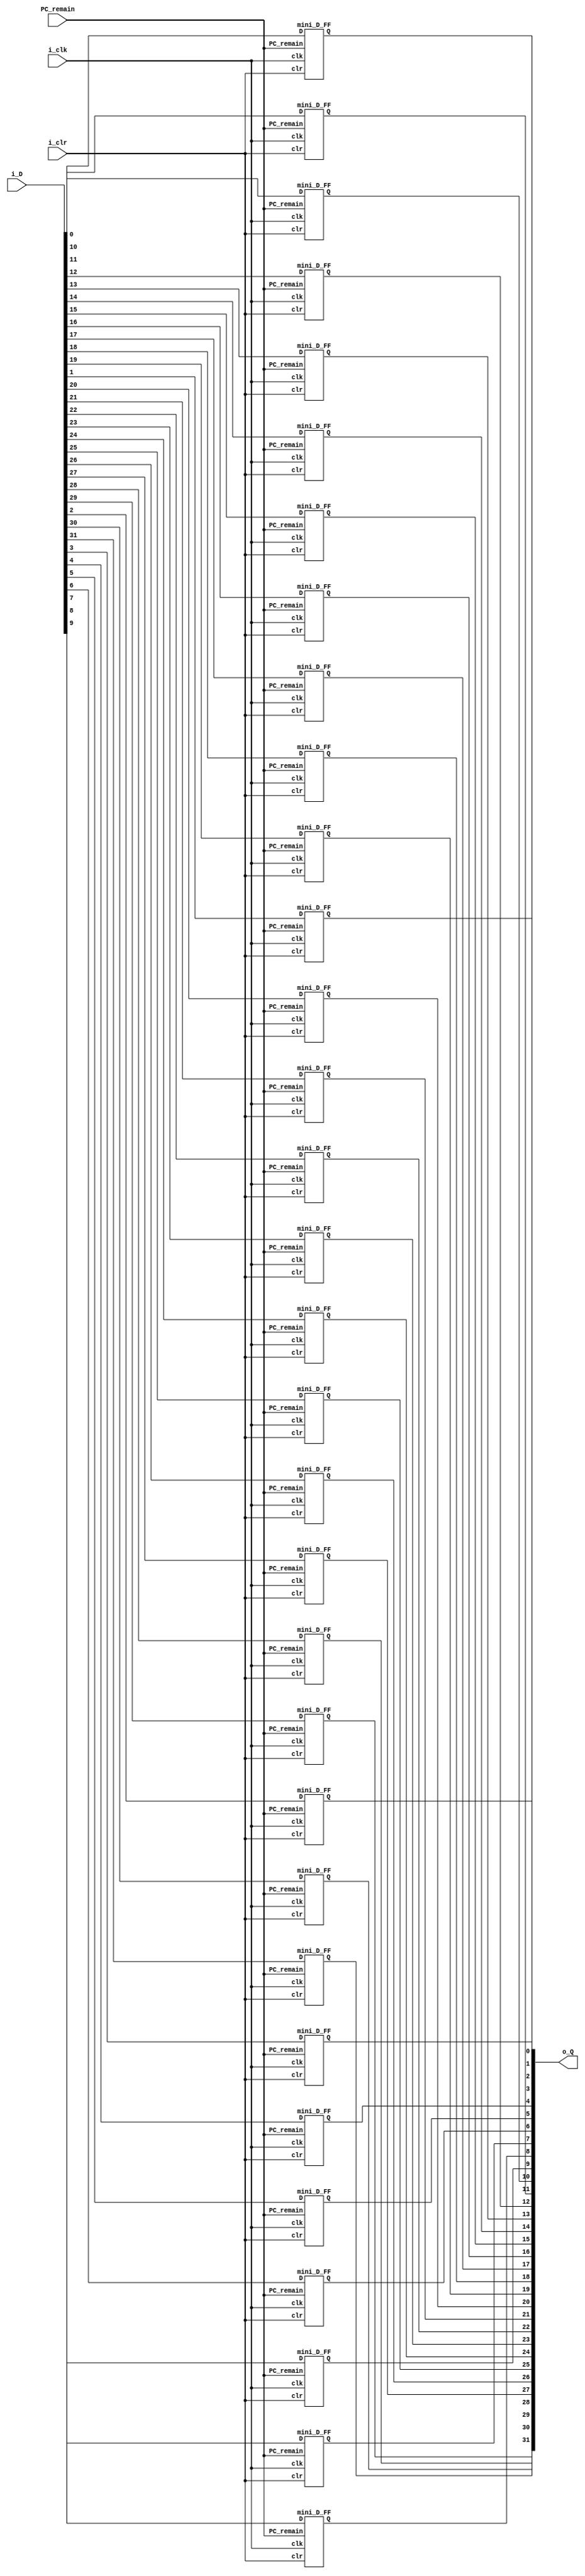
module module_32_D_FF (
    input i_clr,
    input PC_remain,
    input [31:0] i_D,
	 input i_clk,
	 output [31:0] o_Q
);
wire [31:0] w_Q;
genvar             m;
  generate 
      for (m=0; m<=31; m=m+1) 
      begin : D_FF
          mini_D_FF blk( 
              .clr (i_clr),
              .PC_remain (PC_remain),
				  .D (i_D[m]),
				  .clk (i_clk),
			     .Q (w_Q[m])	  
              );
      end
  endgenerate
assign o_Q = w_Q;
endmodule

module mini_D_FF (
    input clr,
    input PC_remain,
    input D,
	 input clk,
	 output Q
);
reg r_Q, PC_remain_reg;

/*always @(negedge clk) begin
PC_remain_reg <= PC_remain;
end*/

always @(posedge clk or posedge clr)
begin
    
    if (clr) r_Q <= 0;
	 else
	 begin
	     if (PC_remain) r_Q <= r_Q;
		  else r_Q <= D;
    end	
end
assign Q = r_Q;
endmodule